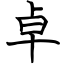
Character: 卓